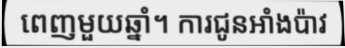
ពេញមួយឆ្នាំ។ ការជូនអាំងប៉ាវ